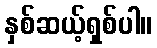
နှစ်ဆယ့်ရှစ်ပါ။